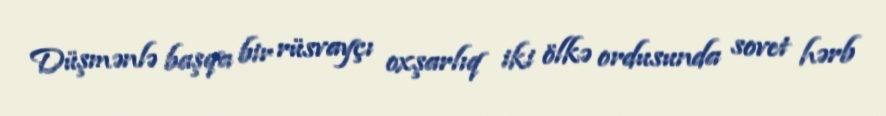
Düşmənlə başqa bir rüsvayçı oxşarlıq iki ölkə ordusunda sovet hərb